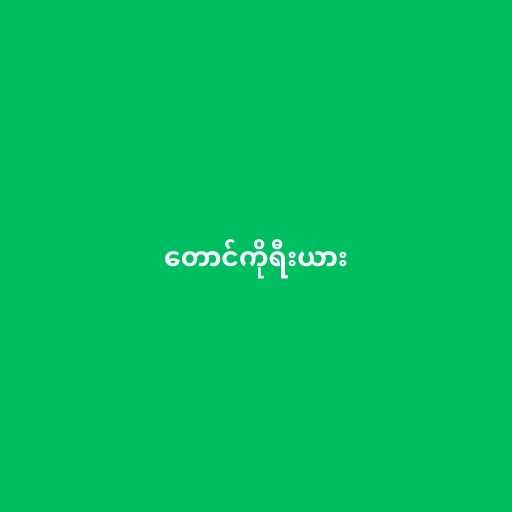
တောင်ကိုရီးယား